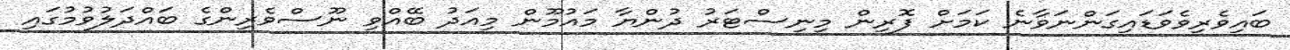
ބައިވެރިވެވަޑައިގަންނަވާނެ ކަމަށް ފޮރިން މިނިސްޓަރު ދުންޔާ މައުމޫން މިއަދު ބޭއްވި ނޫސްވެރިންގެ ބައްދަލުވުމުގައި